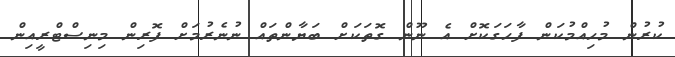
ކުރުން މުހިއްމުކަން ފާހަގަކޮށް އެ ނޫން ގޮތަކަށް ބަޔާންތައް ނުނެރުމަށް ފޮރިން މިނިސްޓްރީއިން